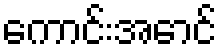
ကောင်းအောင်